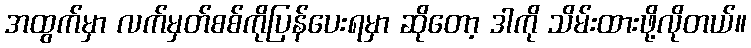
အထွက်မှာ လက်မှတ်စစ်ကိုပြန်ပေးရမှာ ဆိုတော့ ဒါကို သိမ်းထားဖို့လိုတယ်။